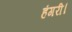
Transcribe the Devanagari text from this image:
हंगरी।